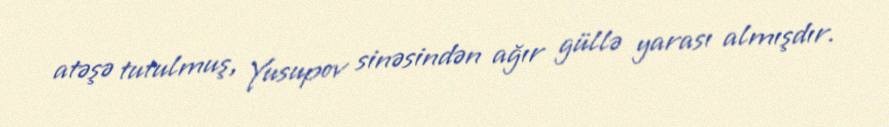
atəşə tutulmuş, Yusupov sinəsindən ağır güllə yarası almışdır.